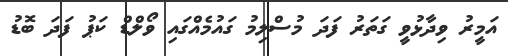
އަމީރު ވިދާޅުވީ ގަތަރު ފަދަ މުސްލިމު ގައުމެއްގައި ވޯލްޑް ކަޕު ފަދަ ބޮޑު